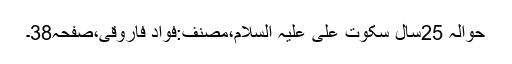
حوالہ 25سال سکوتِ علی علیہ السلام،مصنف:فواد فاروقی،صفحہ38۔